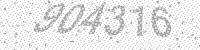
Solution: 904316